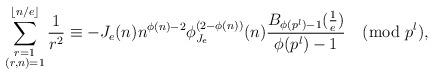
LaTeX: \begin{align*}\sum^{\lfloor n/e\rfloor}_{\substack{r=1\\ (r,n)=1}}\frac{1}{r^{2}}\equiv -J_{e}(n)n^{\phi(n)-2}\phi_{J_{e}}^{(2-\phi(n))}(n)\frac{B_{\phi(p^{l})-1}(\frac{1}{e})}{\phi(p^{l})-1}\pmod{p^{l}},\end{align*}